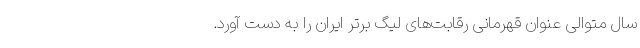
سال متوالی عنوان قهرمانی رقابت‌های لیگ برتر ایران را به دست آورد.